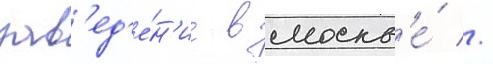
зав'ед'е́н'ие в москв'е́ //